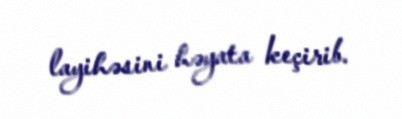
layihəsini həyata keçirib.